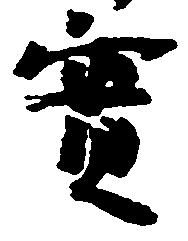
実